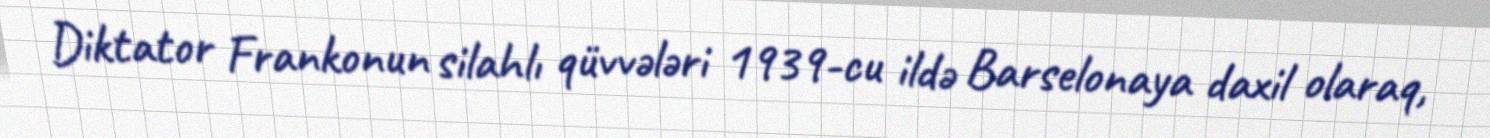
Diktator Frankonun silahlı qüvvələri 1939-cu ildə Barselonaya daxil olaraq,